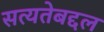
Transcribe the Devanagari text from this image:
सत्यतेबद्दल